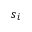
s _ { i }